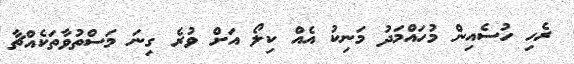
ރެހި ހުސެއިން މުހައްމަދު މަނިކު އެއް ކިލޯ އަށް ވުރެ ގިނަ މަސްތުވާތަކެއްޗާ